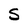
Character: S